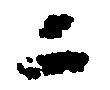
ニ